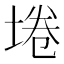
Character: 埢